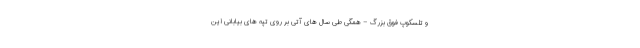
و تلسکوپ فوق بزرگ – همگی طی سال های آتی بر روی تپه های بیابانی این